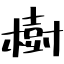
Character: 樹